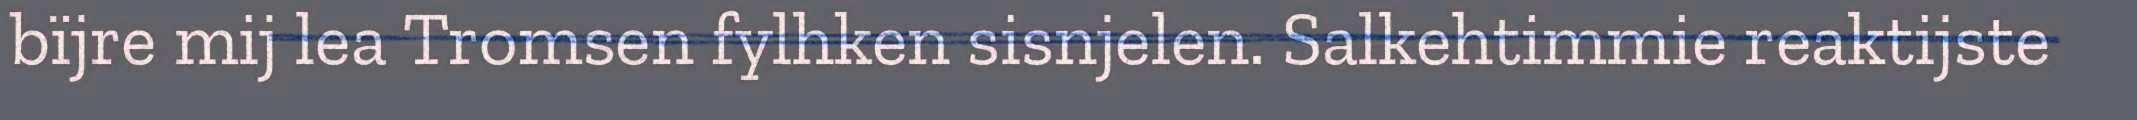
bïjre mij lea Tromsen fylhken sisnjelen. Salkehtimmie reaktijste